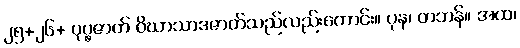
၂၅+၂၆+ ပုပ္ဖဇာတ် ဝိဃာသာဒဇာတ်သည်လည်းကောင်း။ ပုန၊ တဘန်။ အထ၊